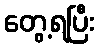
တွေ့ရပြီး